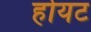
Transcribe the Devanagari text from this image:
होयट